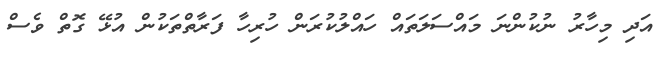
އަދި މިހާރު ނުކުންނަ މައްސަލަތައް ހައްލުކުރަން ހުރިހާ ފަރާތްތަކުން އުޅޭ ގޮތް ވެސް